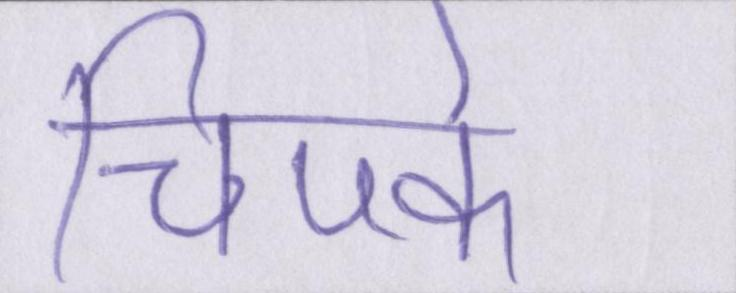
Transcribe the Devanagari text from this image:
चिपके